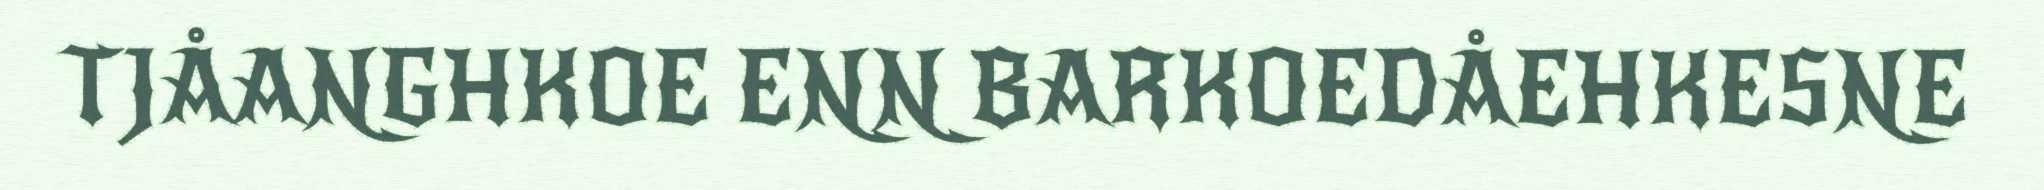
TJÅANGHKOE ENN BARKOEDÅEHKESNE